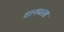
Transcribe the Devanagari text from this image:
दानवाला